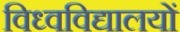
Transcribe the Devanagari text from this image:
विध्वविद्यालयों